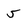
Character: 5